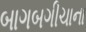
બાગબગીચાના